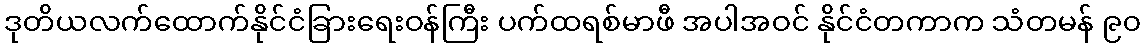
ဒုတိယလက်ထောက်နိုင်ငံခြားရေးဝန်ကြီး ပက်ထရစ်မာဖီ အပါအဝင် နိုင်ငံတကာက သံတမန် ၉၀